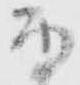
而